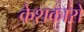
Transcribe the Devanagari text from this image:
केशकारों